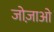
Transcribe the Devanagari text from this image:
जोज़ाओ